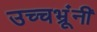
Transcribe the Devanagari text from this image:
उच्चभ्रूंनी